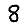
Digit: 8